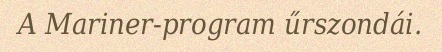
A Mariner-program űrszondái.